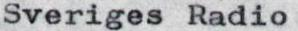
Sveriges Radio